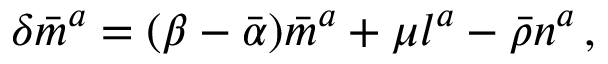
\delta { \bar { m } } ^ { a } = ( \beta - { \bar { \alpha } } ) { \bar { m } } ^ { a } + \mu l ^ { a } - { \bar { \rho } } n ^ { a } \, ,